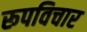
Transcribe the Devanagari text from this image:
रूपविचार